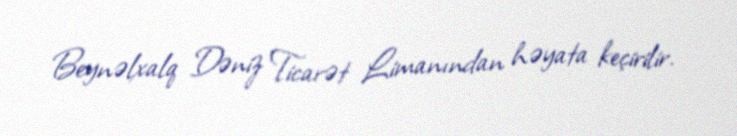
Beynəlxalq Dəniz Ticarət Limanından həyata keçirilir.